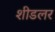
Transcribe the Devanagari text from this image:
शीडलर